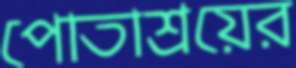
পোতাশ্রয়ের